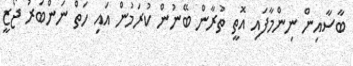
ބާސާއިން ނިންމާފައި އޮތީ ތުރާން ބޭނުން ކުރަމުން އައި ހަތް ނަންބަރު ޖޯޒީ